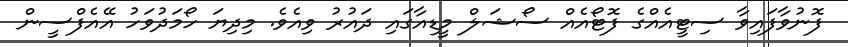
ފޮނުވާފައިވާ ސިޓީއެއްގެ ފޮޓޯއެއް ސޯޝަލް މީޑިއާގައި ދައުރު ވިއެވެ. މިދިޔަ ހޯމަދުވަހު އޭއެފްސީން